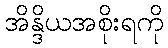
အိန္ဒိယအစိုးရကို